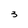
Character: 3